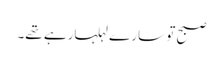
صبح تو سارے لہلہارہے تھے۔